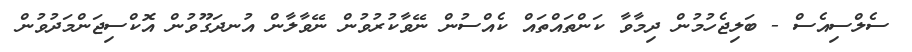
ސެލްސިއެސް - ބަލިޖެހުމުން ދިމާވާ ކަންތައްތައް ކެއްސުން ނޭވާކުރުވުން ނޭވާލާން އުނދަގޫވުން އޮކްސިޖަންމަދުވުން